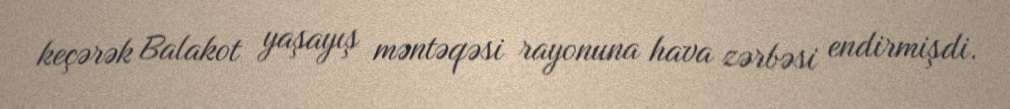
keçərək Balakot yaşayış məntəqəsi rayonuna hava zərbəsi endirmişdi.